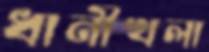
ধানীখলা